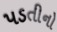
પડતીનો